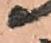
尉